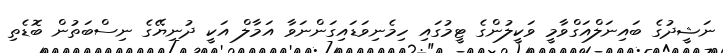
ނަޝީދުގެ ބައިނަލްއަގްވާމީ ވަކީލުންގެ ޓީމުގައި ހިމެނިވަޑައިގަންނަވާ އަމާލް އަކީ ދުނިޔޭގެ ނިސްބަތުން ބޮޑެތި